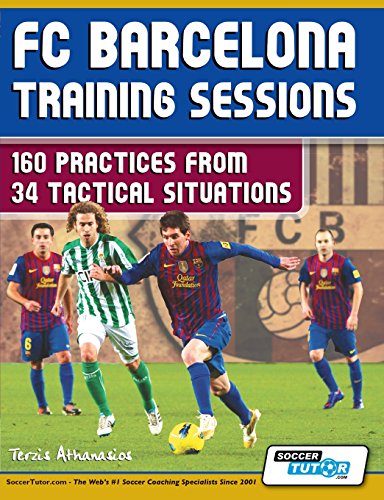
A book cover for FC Barcelona Training Sessions: 160 Practices from 34 Tactical Situations; Athanasios Terzis; Sports & Outdoors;